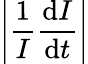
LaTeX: \left|\frac{1}{I}\frac{\textrm{d}I}{\textrm{d}t}\right|